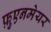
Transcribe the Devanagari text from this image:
फ़ुएनमेयर